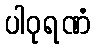
ပါဝုရဏံ